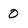
Character: 0